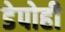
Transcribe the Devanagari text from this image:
डेपोही